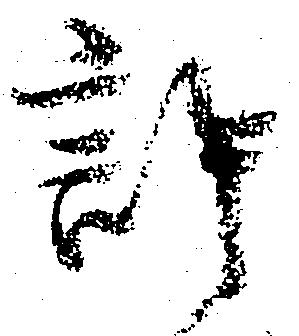
許